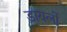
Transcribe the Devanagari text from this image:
डायलों